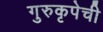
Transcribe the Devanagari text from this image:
गुरुकृपेची